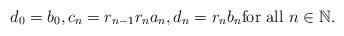
LaTeX: \begin{align*}d_0=b_0,c_n=r_{n-1}r_n a_n,d_n=r_n b_n\mbox{for all $n\in \mathbb{N}$.}\end{align*}